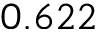
0 . 6 2 2